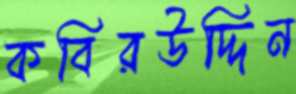
কবিরউদ্দিন